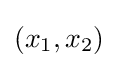
(x_{1},x_{2})